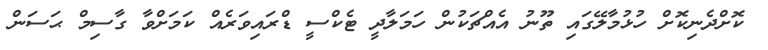
ކޮށްދެނިކޮށް ހުޅުމާލޭގައި ތޫނު އެއްޗަކުން ހަމަލާދީ ޓެކްސީ ޑްރައިވަރެއް ކަމަށްވާ ގާސިމް ޙަސަން